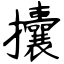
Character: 攮